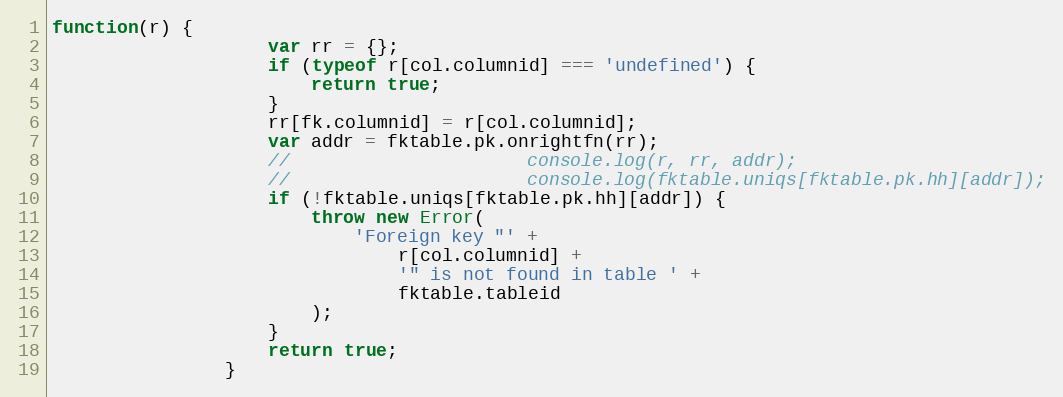
Language: JavaScript
function(r) {
					var rr = {};
					if (typeof r[col.columnid] === 'undefined') {
						return true;
					}
					rr[fk.columnid] = r[col.columnid];
					var addr = fktable.pk.onrightfn(rr);
					//						console.log(r, rr, addr);
					//						console.log(fktable.uniqs[fktable.pk.hh][addr]);
					if (!fktable.uniqs[fktable.pk.hh][addr]) {
						throw new Error(
							'Foreign key "' +
								r[col.columnid] +
								'" is not found in table ' +
								fktable.tableid
						);
					}
					return true;
				}